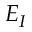
E _ { I }